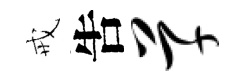
戒吿草